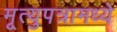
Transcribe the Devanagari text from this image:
मृ्त्युपत्रामध्ये